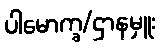
ပါမောက္ခ/ဌာနမှူး